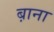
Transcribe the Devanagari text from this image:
ब़ाना